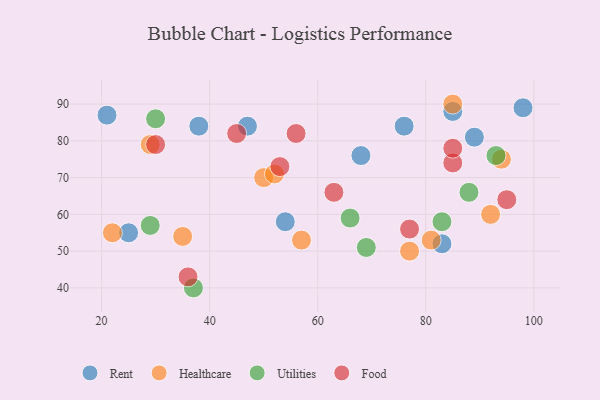
{"axis": {"x": "GDP", "y": "Life Expectancy"}, "legend": ["Food", "Healthcare", "Rent", "Utilities"], "data": [{"x": "76", "y": 84, "type": "Rent"}, {"x": "47", "y": 84, "type": "Rent"}, {"x": "83", "y": 52, "type": "Rent"}, {"x": "68", "y": 76, "type": "Rent"}, {"x": "98", "y": 89, "type": "Rent"}, {"x": "89", "y": 81, "type": "Rent"}, {"x": "54", "y": 58, "type": "Rent"}, {"x": "21", "y": 87, "type": "Rent"}, {"x": "25", "y": 55, "type": "Rent"}, {"x": "85", "y": 88, "type": "Rent"}, {"x": "38", "y": 84, "type": "Rent"}, {"x": "85", "y": 90, "type": "Healthcare"}, {"x": "50", "y": 70, "type": "Healthcare"}, {"x": "77", "y": 50, "type": "Healthcare"}, {"x": "92", "y": 60, "type": "Healthcare"}, {"x": "35", "y": 54, "type": "Healthcare"}, {"x": "81", "y": 53, "type": "Healthcare"}, {"x": "57", "y": 53, "type": "Healthcare"}, {"x": "22", "y": 55, "type": "Healthcare"}, {"x": "52", "y": 71, "type": "Healthcare"}, {"x": "94", "y": 75, "type": "Healthcare"}, {"x": "29", "y": 79, "type": "Healthcare"}, {"x": "30", "y": 86, "type": "Utilities"}, {"x": "29", "y": 57, "type": "Utilities"}, {"x": "69", "y": 51, "type": "Utilities"}, {"x": "93", "y": 76, "type": "Utilities"}, {"x": "88", "y": 66, "type": "Utilities"}, {"x": "66", "y": 59, "type": "Utilities"}, {"x": "83", "y": 58, "type": "Utilities"}, {"x": "37", "y": 40, "type": "Utilities"}, {"x": "36", "y": 43, "type": "Food"}, {"x": "85", "y": 74, "type": "Food"}, {"x": "45", "y": 82, "type": "Food"}, {"x": "56", "y": 82, "type": "Food"}, {"x": "95", "y": 64, "type": "Food"}, {"x": "30", "y": 79, "type": "Food"}, {"x": "63", "y": 66, "type": "Food"}, {"x": "53", "y": 73, "type": "Food"}, {"x": "77", "y": 56, "type": "Food"}, {"x": "85", "y": 78, "type": "Food"}]}